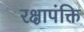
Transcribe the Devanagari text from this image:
रक्षापंक्ति